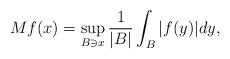
LaTeX: \begin{align*}Mf(x)=\sup_{B\ni x}\frac{1}{|B|}\int_{B}|f(y)|dy, \end{align*}